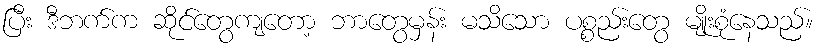
ပြီး ဒီဘက်က ဆိုင်တွေကျတော့ ဘာတွေမှန်း မသိသော ပစ္စည်းတွေ မျိုးစုံနေသည်။